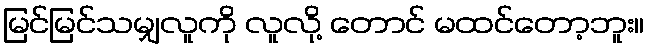
မြင်မြင်သမျှလူကို လူလို့ တောင် မထင်တော့ဘူး။